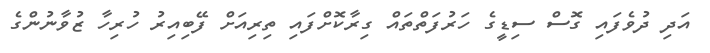
އަދި ދުވެފައި ގޮސް ސިޑީގެ ހަރުފަތްތައް ގިރާކޮށްފައި ތިރިއަށް ފޭބިއިރު ހުރިހާ ޒުވާނުންގެ